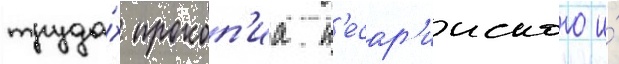
труда́х прокоп'иа к'есар'ииского и́